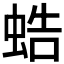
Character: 𧋓